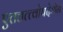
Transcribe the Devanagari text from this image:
एतत्तत्त्वोपदेशेन